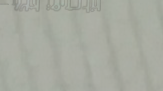
عيادة طبيب الأسنان: رعاية